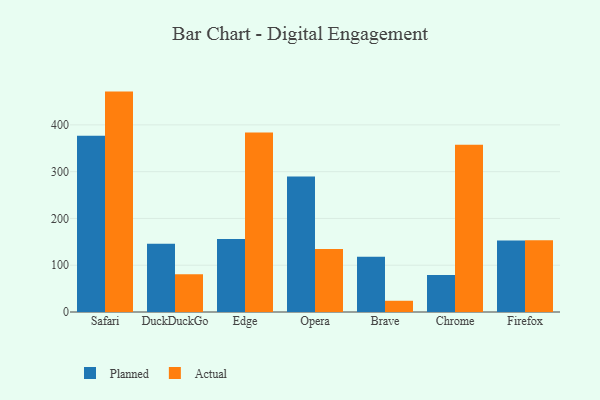
{"axis": {"x": "Browser", "y": "Net Income (USD K)"}, "legend": ["Actual", "Planned"], "data": [{"x": "Safari", "y": 377.0, "type": "Planned"}, {"x": "Safari", "y": 471.2, "type": "Actual"}, {"x": "DuckDuckGo", "y": 145.9, "type": "Planned"}, {"x": "DuckDuckGo", "y": 80.5, "type": "Actual"}, {"x": "Edge", "y": 156.3, "type": "Planned"}, {"x": "Edge", "y": 384.0, "type": "Actual"}, {"x": "Opera", "y": 289.5, "type": "Planned"}, {"x": "Opera", "y": 134.6, "type": "Actual"}, {"x": "Brave", "y": 118.2, "type": "Planned"}, {"x": "Brave", "y": 24.0, "type": "Actual"}, {"x": "Chrome", "y": 79.3, "type": "Planned"}, {"x": "Chrome", "y": 357.6, "type": "Actual"}, {"x": "Firefox", "y": 152.9, "type": "Planned"}, {"x": "Firefox", "y": 153.4, "type": "Actual"}]}